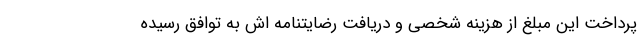
پرداخت این مبلغ از هزینه شخصی و دریافت رضایتنامه اش به توافق رسیده